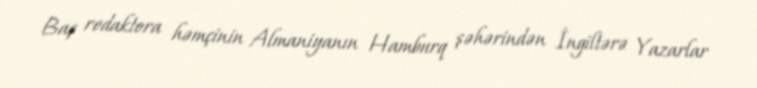
Baş redaktora həmçinin Almaniyanın Hamburq şəhərindən İngiltərə Yazarlar